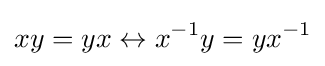
xy=yx\leftrightarrow x^{-1}y=yx^{-1}